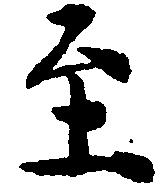
至